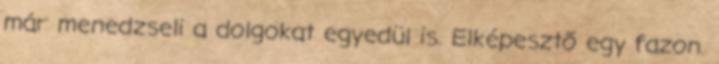
már menedzseli a dolgokat egyedül is. Elképesztő egy fazon.